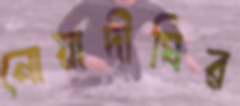
নোয়াদীঘির